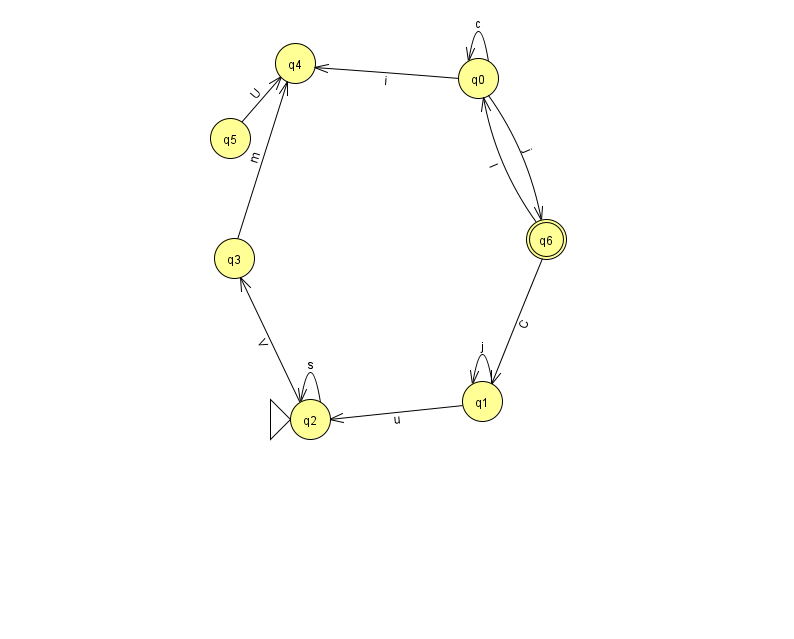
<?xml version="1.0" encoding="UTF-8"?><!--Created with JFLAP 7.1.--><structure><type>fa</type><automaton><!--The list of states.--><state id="0" name="q0"><x>478.0</x><y>65.0</y></state><state id="1" name="q1"><x>482.0</x><y>388.0</y></state><state id="2" name="q2"><x>310.0</x><y>406.0</y><initial/></state><state id="3" name="q3"><x>234.0</x><y>245.0</y></state><state id="4" name="q4"><x>295.0</x><y>50.0</y></state><state id="5" name="q5"><x>230.0</x><y>125.0</y></state><state id="6" name="q6"><x>546.0</x><y>226.0</y><final/></state><!--The list of transitions.--><transition><from>6</from><to>1</to><read>C</read></transition><transition><from>0</from><to>0</to><read>c</read></transition><transition><from>2</from><to>2</to><read>s</read></transition><transition><from>2</from><to>3</to><read>V</read></transition><transition><from>0</from><to>4</to><read>i</read></transition><transition><from>0</from><to>6</to><read>j</read></transition><transition><from>1</from><to>1</to><read>j</read></transition><transition><from>1</from><to>2</to><read>u</read></transition><transition><from>5</from><to>4</to><read>U</read></transition><transition><from>3</from><to>4</to><read>m</read></transition><transition><from>6</from><to>0</to><read>l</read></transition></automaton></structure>